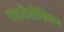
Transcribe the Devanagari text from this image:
पाइरीडोक्सिन